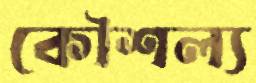
কৌশল্য